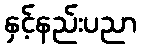
နှင့်နည်းပညာ